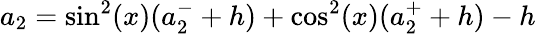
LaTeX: a_{2}=\sin^{2}(x)(a_{2}^{-}+h)+\cos^{2}(x)(a_{2}^{+}+h)-h